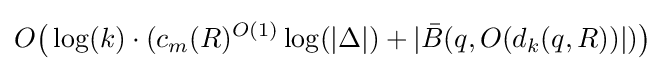
O{\big (}\log(k)\cdot (c_{m}(R)^{O(1)}\log(|\Delta |)+|{\bar {B}}(q,O(d_{k}(q,R))|){\big )}